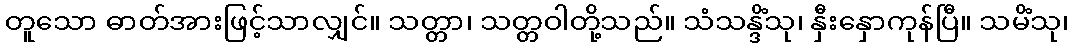
တူသော ဓာတ်အားဖြင့်သာလျှင်။ သတ္တာ၊ သတ္တဝါတို့သည်။ သံသန္ဒိံသု၊ နှီးနှောကုန်ပြီ။ သမိံသု၊